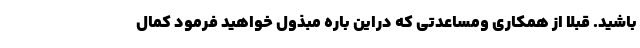
باشید. قبلا از همکاری ومساعدتی که دراین باره مبذول خواهید فرمود کمال